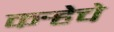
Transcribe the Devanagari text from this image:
कर्‍हेचे